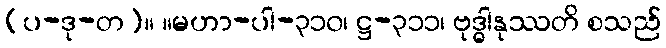
(ပ-ဒု-တ)။ ။မဟာ-ပါ-၃၁၀၊ ဋ္ဌ-၃၁၁၊ ဗုဒ္ဓါနုဿတိ စသည်